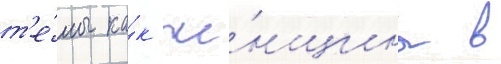
т'е́мы ка́к же́нщины в